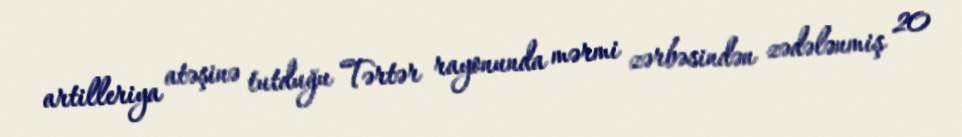
artilleriya atəşinə tutduğu Tərtər rayonunda mərmi zərbəsindən zədələnmiş 20